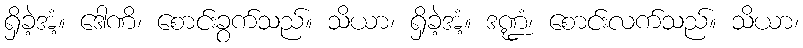
ရှိခဲ့အံ့။ ဒေါဏိ၊ စောင်းခွက်သည်။ သိယာ၊ ရှိခဲ့အံ့။ ဒဏ္ဍံ၊ စောင်းလက်သည်။ သိယာ၊